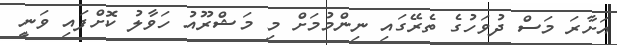
އަށާރަ މަސް ދުވަހުގެ ތެރޭގައި ނިންމުމަށް މި މަޝްރޫއު ހަވާލު ކޮށްފައި ވަނީ